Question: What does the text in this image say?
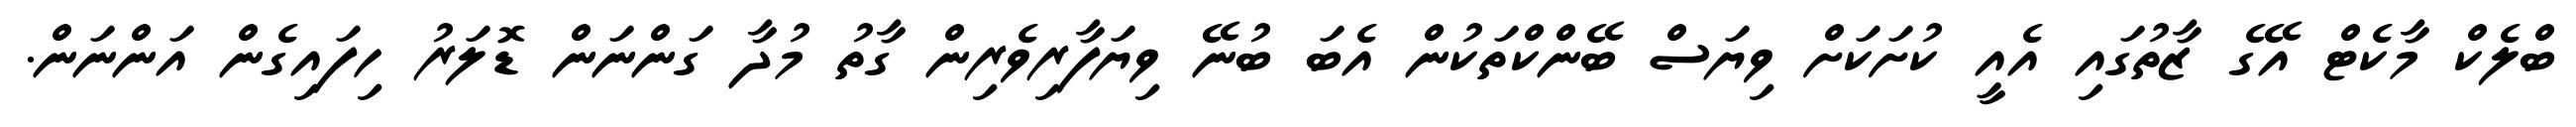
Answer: ބްލެކް މާކެޓް އޭގެ ޒާތުގައި އެއީ ކުށަކަށް ވިޔަސް ބޭންކްތަކުން އެބަ ބުނޭ ވިޔަފާރިވެރިން ގާތު މުދާ ގަންނަން ޑޮލަރު ހިފައިގެން އަންނަން.